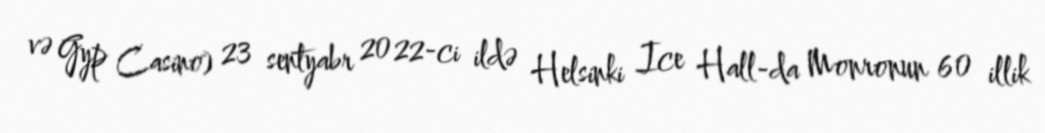
və Gyp Casino) 23 sentyabr 2022-ci ildə Helsinki Ice Hall-da Monronun 60 illik